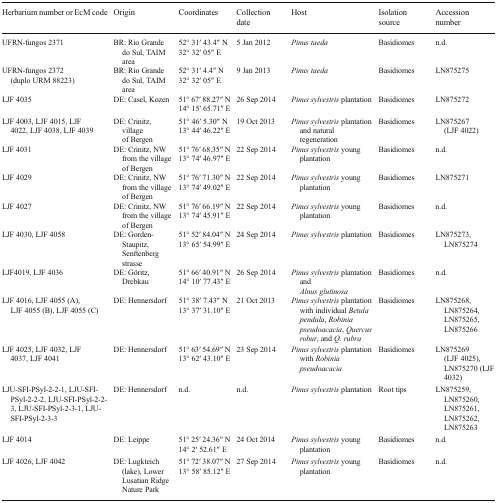
<table><thead><tr><td><b>Herbarium number or EcM code</b></td><td><b>Origin</b></td><td><b>Coordinates</b></td><td><b>Collection date</b></td><td><b>Host</b></td><td><b>Isolation source</b></td><td><b>Accession number</b></td></tr></thead><tbody><tr><td rowspan="2">UFRN-fungos 2371</td><td rowspan="2">BR: Rio Grande do Sul, TAIM area</td><td>52° 31′ 43.4′′ N</td><td rowspan="2">5 Jan 2012</td><td rowspan="2"><i>Pinus taeda</i></td><td rowspan="2">Basidiomes</td><td rowspan="2">n.d.</td></tr><tr><td>32° 32′ 05′′ E</td></tr><tr><td rowspan="2">UFRN-fungos 2372 (duplo URM 88223)</td><td rowspan="2">BR: Rio Grande do Sul, TAIM area</td><td>52° 31′ 4.4′′ N</td><td rowspan="2">9 Jan 2013</td><td rowspan="2"><i>Pinus taeda</i></td><td rowspan="2">Basidiomes</td><td rowspan="2">LN875275</td></tr><tr><td>32° 32′ 05′′ E</td></tr><tr><td rowspan="2">LJF 4035</td><td rowspan="2">DE: Casel, Kozen</td><td>51° 67′ 88.27′′ N</td><td rowspan="2">26 Sep 2014</td><td rowspan="2"><i>Pinus sylvestris</i> plantation</td><td rowspan="2">Basidiomes</td><td rowspan="2">LN875272</td></tr><tr><td>14° 15′ 65.71′′ E</td></tr><tr><td rowspan="2">LJF 4003, LJF 4015, LJF 4022, LJF 4038, LJF 4039</td><td rowspan="2">DE: Crinitz, village of Bergen</td><td>51° 46′ 5.30′′ N</td><td rowspan="2">19 Oct 2013</td><td rowspan="2"><i>Pinus sylvestris</i> plantation and natural regeneration</td><td rowspan="2">Basidiomes</td><td rowspan="2">LN875267 (LJF 4022)</td></tr><tr><td>13° 44′ 46.22′′ E</td></tr><tr><td rowspan="2">LJF 4031</td><td rowspan="2">DE: Crinitz, NW from the village of Bergen</td><td>51° 76′ 68.35′′ N</td><td rowspan="2">22 Sep 2014</td><td rowspan="2"><i>Pinus sylvestris</i> young plantation</td><td rowspan="2">Basidiomes</td><td rowspan="2">n.d.</td></tr><tr><td>13° 74′ 46.97′′ E</td></tr><tr><td rowspan="2">LJF 4029</td><td rowspan="2">DE: Crinitz, NW from the village of Bergen</td><td>51° 76′ 71.30′′ N</td><td rowspan="2">22 Sep 2014</td><td rowspan="2"><i>Pinus sylvestris</i> young plantation</td><td rowspan="2">Basidiomes</td><td rowspan="2">LN875271</td></tr><tr><td>13° 74′ 49.02′′ E</td></tr><tr><td rowspan="2">LJF 4027</td><td rowspan="2">DE: Crinitz, NW from the village of Bergen</td><td>51° 76′ 66.19′′ N</td><td rowspan="2">22 Sep 2014</td><td rowspan="2"><i>Pinus sylvestris</i> young plantation</td><td rowspan="2">Basidiomes</td><td rowspan="2">n.d.</td></tr><tr><td>13° 74′ 45.91′′ E</td></tr><tr><td rowspan="2">LJF 4030, LJF 4058</td><td rowspan="2">DE: Gorden-Staupitz, Senftenberg strasse</td><td>51° 52′ 84.04′′ N</td><td rowspan="2">24 Sep 2014</td><td rowspan="2"><i>Pinus sylvestris</i> plantation</td><td rowspan="2">Basidiomes</td><td rowspan="2">LN875273, LN875274</td></tr><tr><td>13° 65′ 54.99′′ E</td></tr><tr><td rowspan="2">LJF4019, LJF 4036</td><td rowspan="2">DE: Göritz, Drebkau</td><td>51° 66′ 40.91′′ N</td><td rowspan="2">26 Sep 2014</td><td rowspan="2"><i>Pinus sylvestris</i> plantation and <i>Alnus glutinosa</i></td><td rowspan="2">Basidiomes</td><td rowspan="2">n.d.</td></tr><tr><td>14° 10′ 77.43′′ E</td></tr><tr><td rowspan="2">LJF 4016, LJF 4055 (A), LJF 4055 (B), LJF 4055 (C)</td><td rowspan="2">DE: Hennersdorf</td><td>51° 38′ 7.43′′ N</td><td rowspan="2">21 Oct 2013</td><td rowspan="2"><i>Pinus sylvestris</i> plantation with individual <i>Betula pendula</i>, <i>Robinia pseudoacacia</i>, <i>Quercus robur</i>, and <i>Q. rubra</i></td><td rowspan="2">Basidiomes</td><td rowspan="2">LN875268, LN875264, LN875265, LN875266</td></tr><tr><td>13° 37′ 31.10′′ E</td></tr><tr><td rowspan="2">LJF 4025, LJF 4032, LJF 4037, LJF 4041</td><td rowspan="2">DE: Hennersdorf</td><td>51° 63′ 54.69′′ N</td><td rowspan="2">23 Sep 2014</td><td rowspan="2"><i>Pinus sylvestris</i> plantation with <i>Robinia pseudoacacia</i></td><td rowspan="2">Basidiomes</td><td rowspan="2">LN875269 (LJF 4025), LN875270 (LJF 4032)</td></tr><tr><td>13° 62′ 43.10′′ E</td></tr><tr><td>LJU-SFI-PSyl-2-2-1, LJU-SFI-PSyl-2-2-2, LJU-SFI-PSyl-2-2-3, LJU-SFI-PSyl-2-3-1, LJU-SFI-PSyl-2-3-3</td><td>DE: Hennersdorf</td><td>n.d.</td><td>n.d.</td><td><i>Pinus sylvestris</i> plantation</td><td>Root tips</td><td>LN875259, LN875260, LN875261, LN875262, LN875263</td></tr><tr><td rowspan="2">LJF 4014</td><td rowspan="2">DE: Leippe</td><td>51° 25′ 24.36′′ N</td><td rowspan="2">24 Oct 2014</td><td rowspan="2"><i>Pinus sylvestris</i> young plantation</td><td rowspan="2">Basidiomes</td><td rowspan="2">n.d.</td></tr><tr><td>14° 2′ 52.61′′ E</td></tr><tr><td rowspan="2">LJF 4026, LJF 4042</td><td rowspan="2">DE: Lugkteich (lake), Lower Lusatian Ridge Nature Park</td><td>51° 72′ 38.07′′ N</td><td rowspan="2">27 Sep 2014</td><td rowspan="2"><i>Pinus sylvestris</i> young plantation</td><td rowspan="2">Basidiomes</td><td rowspan="2">n.d.</td></tr><tr><td>13° 58′ 85.12′′ E</td></tr></tbody></table>